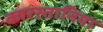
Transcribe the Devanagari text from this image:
कारस्तानियाॅ